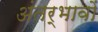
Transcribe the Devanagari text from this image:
अंतर्भावों